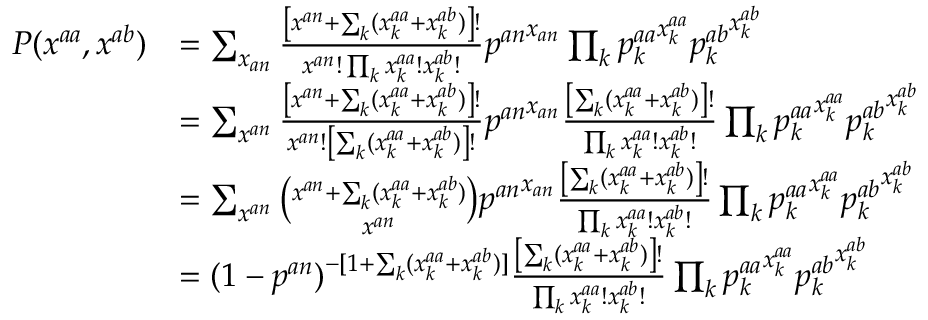
\begin{array} { r l } { P ( \boldsymbol { x ^ { a a } } , \boldsymbol { x ^ { a b } } ) } & { = \sum _ { x _ { a n } } \frac { \left[ x ^ { a n } + \sum _ { k } ( x _ { k } ^ { a a } + x _ { k } ^ { a b } ) \right] ! } { x ^ { a n } ! \prod _ { k } x _ { k } ^ { a a } ! x _ { k } ^ { a b } ! } { p ^ { a n } } ^ { x _ { a n } } \prod _ { k } { p _ { k } ^ { a a } } ^ { x _ { k } ^ { a a } } { p _ { k } ^ { a b } } ^ { x _ { k } ^ { a b } } } \\ & { = \sum _ { x ^ { a n } } \frac { \left[ x ^ { a n } + \sum _ { k } ( x _ { k } ^ { a a } + x _ { k } ^ { a b } ) \right] ! } { x ^ { a n } ! \left[ \sum _ { k } ( x _ { k } ^ { a a } + x _ { k } ^ { a b } ) \right] ! } { p ^ { a n } } ^ { x _ { a n } } \frac { \left[ \sum _ { k } ( x _ { k } ^ { a a } + x _ { k } ^ { a b } ) \right] ! } { \prod _ { k } x _ { k } ^ { a a } ! x _ { k } ^ { a b } ! } \prod _ { k } { p _ { k } ^ { a a } } ^ { x _ { k } ^ { a a } } { p _ { k } ^ { a b } } ^ { x _ { k } ^ { a b } } } \\ & { = \sum _ { x ^ { a n } } \binom { x ^ { a n } + \sum _ { k } ( x _ { k } ^ { a a } + x _ { k } ^ { a b } ) } { x ^ { a n } } { p ^ { a n } } ^ { x _ { a n } } \frac { \left[ \sum _ { k } ( x _ { k } ^ { a a } + x _ { k } ^ { a b } ) \right] ! } { \prod _ { k } x _ { k } ^ { a a } ! x _ { k } ^ { a b } ! } \prod _ { k } { p _ { k } ^ { a a } } ^ { x _ { k } ^ { a a } } { p _ { k } ^ { a b } } ^ { x _ { k } ^ { a b } } } \\ & { = ( 1 - p ^ { a n } ) ^ { - [ 1 + \sum _ { k } ( x _ { k } ^ { a a } + x _ { k } ^ { a b } ) ] } \frac { \left[ \sum _ { k } ( x _ { k } ^ { a a } + x _ { k } ^ { a b } ) \right] ! } { \prod _ { k } x _ { k } ^ { a a } ! x _ { k } ^ { a b } ! } \prod _ { k } { p _ { k } ^ { a a } } ^ { x _ { k } ^ { a a } } { p _ { k } ^ { a b } } ^ { x _ { k } ^ { a b } } } \end{array}